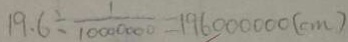
1 9 . 6 \div \frac { 1 } { 1 0 0 0 0 0 0 0 } = 1 9 6 0 0 0 0 0 0 ( c m )